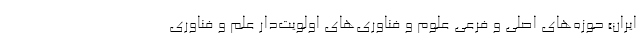
ایران» حوزه‌های اصلی و فرعی علوم و فناوری‌های اولویت‌دار علم و فناوری